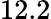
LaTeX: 12.2